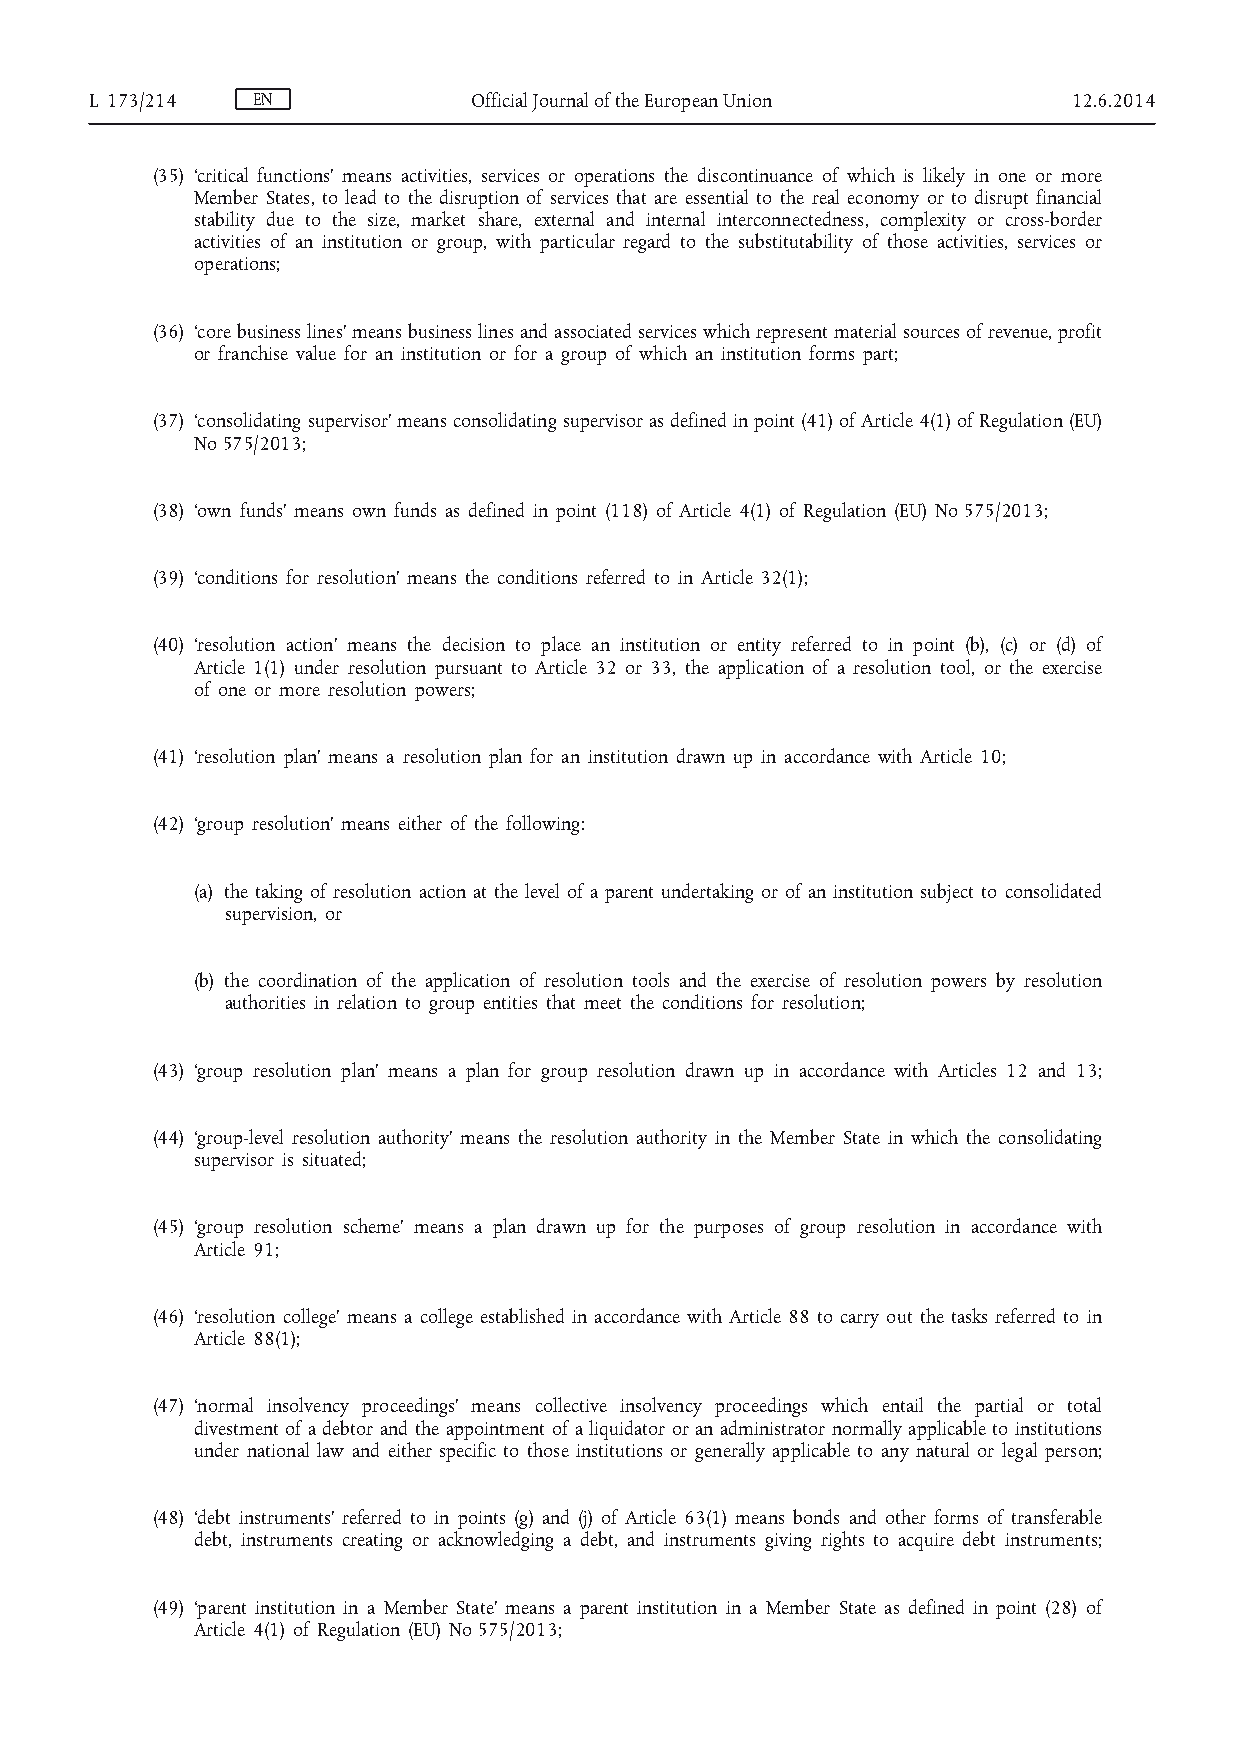
L 173/214  EN            Official Journal of the European Union  12.6.2014
 (35) ‘critical functions’ means activities, services or operations the discontinuance of which is likely in one or more
 Member States, to lead to the disruption of services that are essential to the real economy or to disrupt financial
 stability due to the size, market share, external and internal interconnectedness, complexity or cross-border
 activities of an institution or group, with particular regard to the substitutability of those activities, services or
 operations;
 (36) ‘core business lines’ means business lines and associated services which represent material sources of revenue, profit
 or franchise value for an institution or for a group of which an institution forms part;
 (37) ‘consolidating supervisor’ means consolidating supervisor as defined in point (41) of Article 4(1) of Regulation (EU)
 No 575/2013;
 (38) ‘own funds’ means own funds as defined in point (118) of Article 4(1) of Regulation (EU) No 575/2013;
 (39) ‘conditions for resolution’ means the conditions referred to in Article 32(1);
 (40) ‘resolution action’ means the decision to place an institution or entity referred to in point (b), (c) or (d) of
 Article 1(1) under resolution pursuant to Article 32 or 33, the application of a resolution tool, or the exercise
 of one or more resolution powers;
 (41) ‘resolution plan’ means a resolution plan for an institution drawn up in accordance with Article 10;
 (42) ‘group resolution’ means either of the following:
 (a) the taking of resolution action at the level of a parent undertaking or of an institution subject to consolidated
 supervision, or
 (b) the coordination of the application of resolution tools and the exercise of resolution powers by resolution
 authorities in relation to group entities that meet the conditions for resolution;
 (43) ‘group resolution plan’ means a plan for group resolution drawn up in accordance with Articles 12 and 13;
 (44) ‘group-level resolution authority’ means the resolution authority in the Member State in which the consolidating
 supervisor is situated;
 (45) ‘group resolution scheme’ means a plan drawn up for the purposes of group resolution in accordance with
 Article 91;
 (46) ‘resolution college’ means a college established in accordance with Article 88 to carry out the tasks referred to in
 Article 88(1);
 (47) ‘normal insolvency proceedings’ means collective insolvency proceedings which entail the partial or total
 divestment of a debtor and the appointment of a liquidator or an administrator normally applicable to institutions
 under national law and either specific to those institutions or generally applicable to any natural or legal person;
 (48) ‘debt instruments’ referred to in points (g) and (j) of Article 63(1) means bonds and other forms of transferable
 debt, instruments creating or acknowledging a debt, and instruments giving rights to acquire debt instruments;
 (49) ‘parent institution in a Member State’ means a parent institution in a Member State as defined in point (28) of
 Article 4(1) of Regulation (EU) No 575/2013;